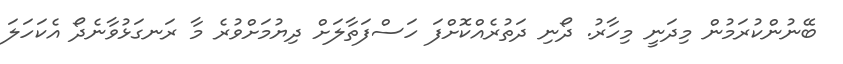
ބޭނުންކުރަމުން މިދަނީ މިހާރު. ދޯނި ދަތުރެއްކޮށްފަ ހަސްފަތާލަށް ދިޔުމަށްވުރެ މާ ރަނގަޅުވާނެދޯ އެކަހަލަ